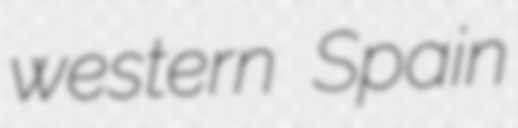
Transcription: western Spain